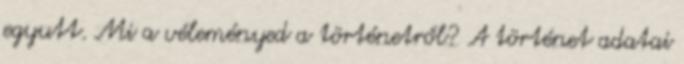
egyutt. Mi a véleményed a történetről? A történet adatai